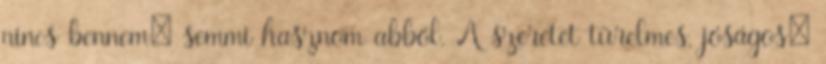
nincs bennem: semmi hasznom abból. A szeretet türelmes, jóságos;